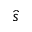
\hat { s }